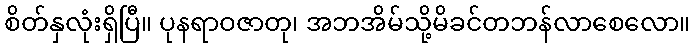
စိတ်နှလုံးရှိပြီ။ ပုနရာဝဇာတု၊ အဘအိမ်သို့မိခင်တဘန်လာစေလော။